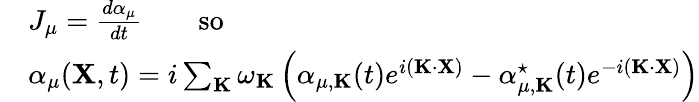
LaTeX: \begin{array}{rl}&{J_{\mu}=\frac{d\alpha_{\mu}}{dt}\qquad\mathrm{so}}\\ &{\alpha_{\mu}({\mathbf X},t)=i\sum_{\mathbf K}\omega_{\mathbf K}\left(\alpha_{\mu,{\mathbf K}}(t)e^{i({\mathbf K}\cdot{\mathbf X})}-\alpha_{\mu,{\mathbf K}}^{\star}(t)e^{-i({\mathbf K}\cdot{\mathbf X})}\right)}\end{array}